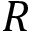
R